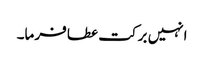
انہیں برکت عطا فرما۔